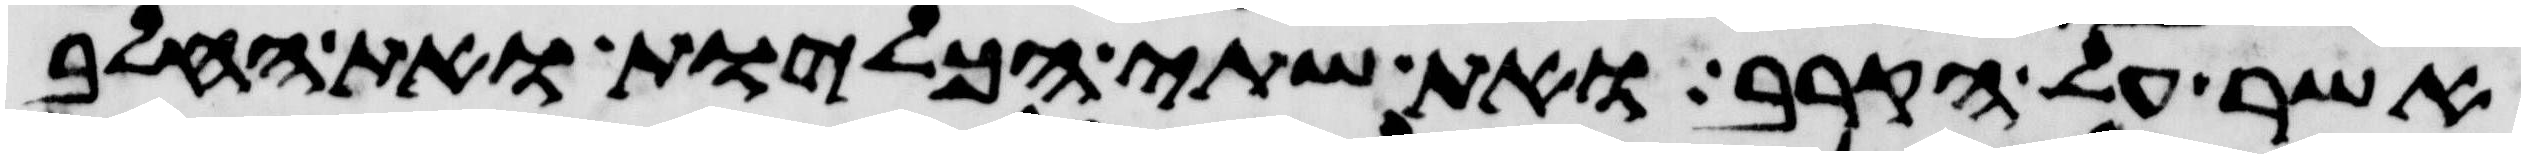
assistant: אשר על הקרב ואת שתי הכליות ואת החלב